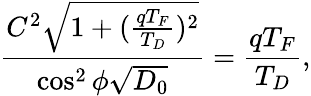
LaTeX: \frac{C^{2}\sqrt{1+(\frac{qT_{F}}{T_{D}})^{2}}}{\cos^{2}\phi\sqrt{D_{0}}}=\frac{qT_{F}}{T_{D}},